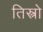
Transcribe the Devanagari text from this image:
तिस्त्रो